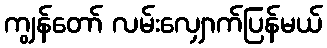
ကျွန်တော် လမ်းလျှောက်ပြန်မယ်